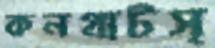
কনগ্রাটস্